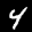
Label: 4